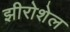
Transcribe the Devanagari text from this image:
झीरोशेल